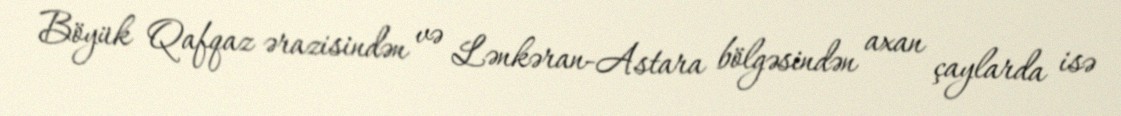
Böyük Qafqaz ərazisindən və Lənkəran-Astara bölgəsindən axan çaylarda isə